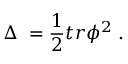
\Delta \; = \frac 1 2 t r \phi ^ { 2 } \; .